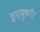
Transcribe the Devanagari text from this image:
इनाक्कुरेट